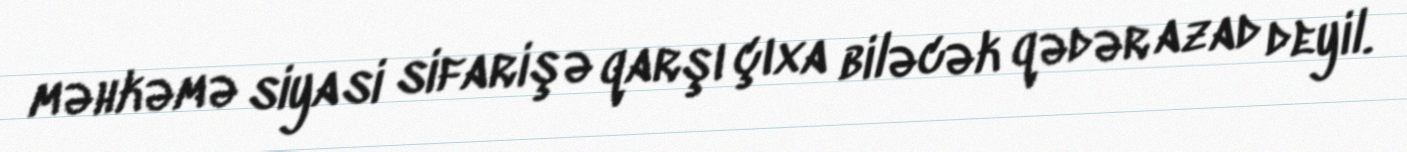
məhkəmə siyasi sifarişə qarşı çıxa biləcək qədər azad deyil.